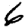
Digit: 6